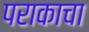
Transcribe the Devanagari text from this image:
पराकाचा